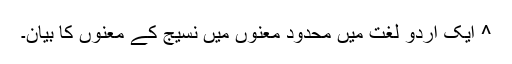
^ ایک اردو لغت میں محدود معنوں میں نسیج کے معنوں کا بیان۔